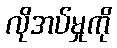
လိုအပ်မှုကို